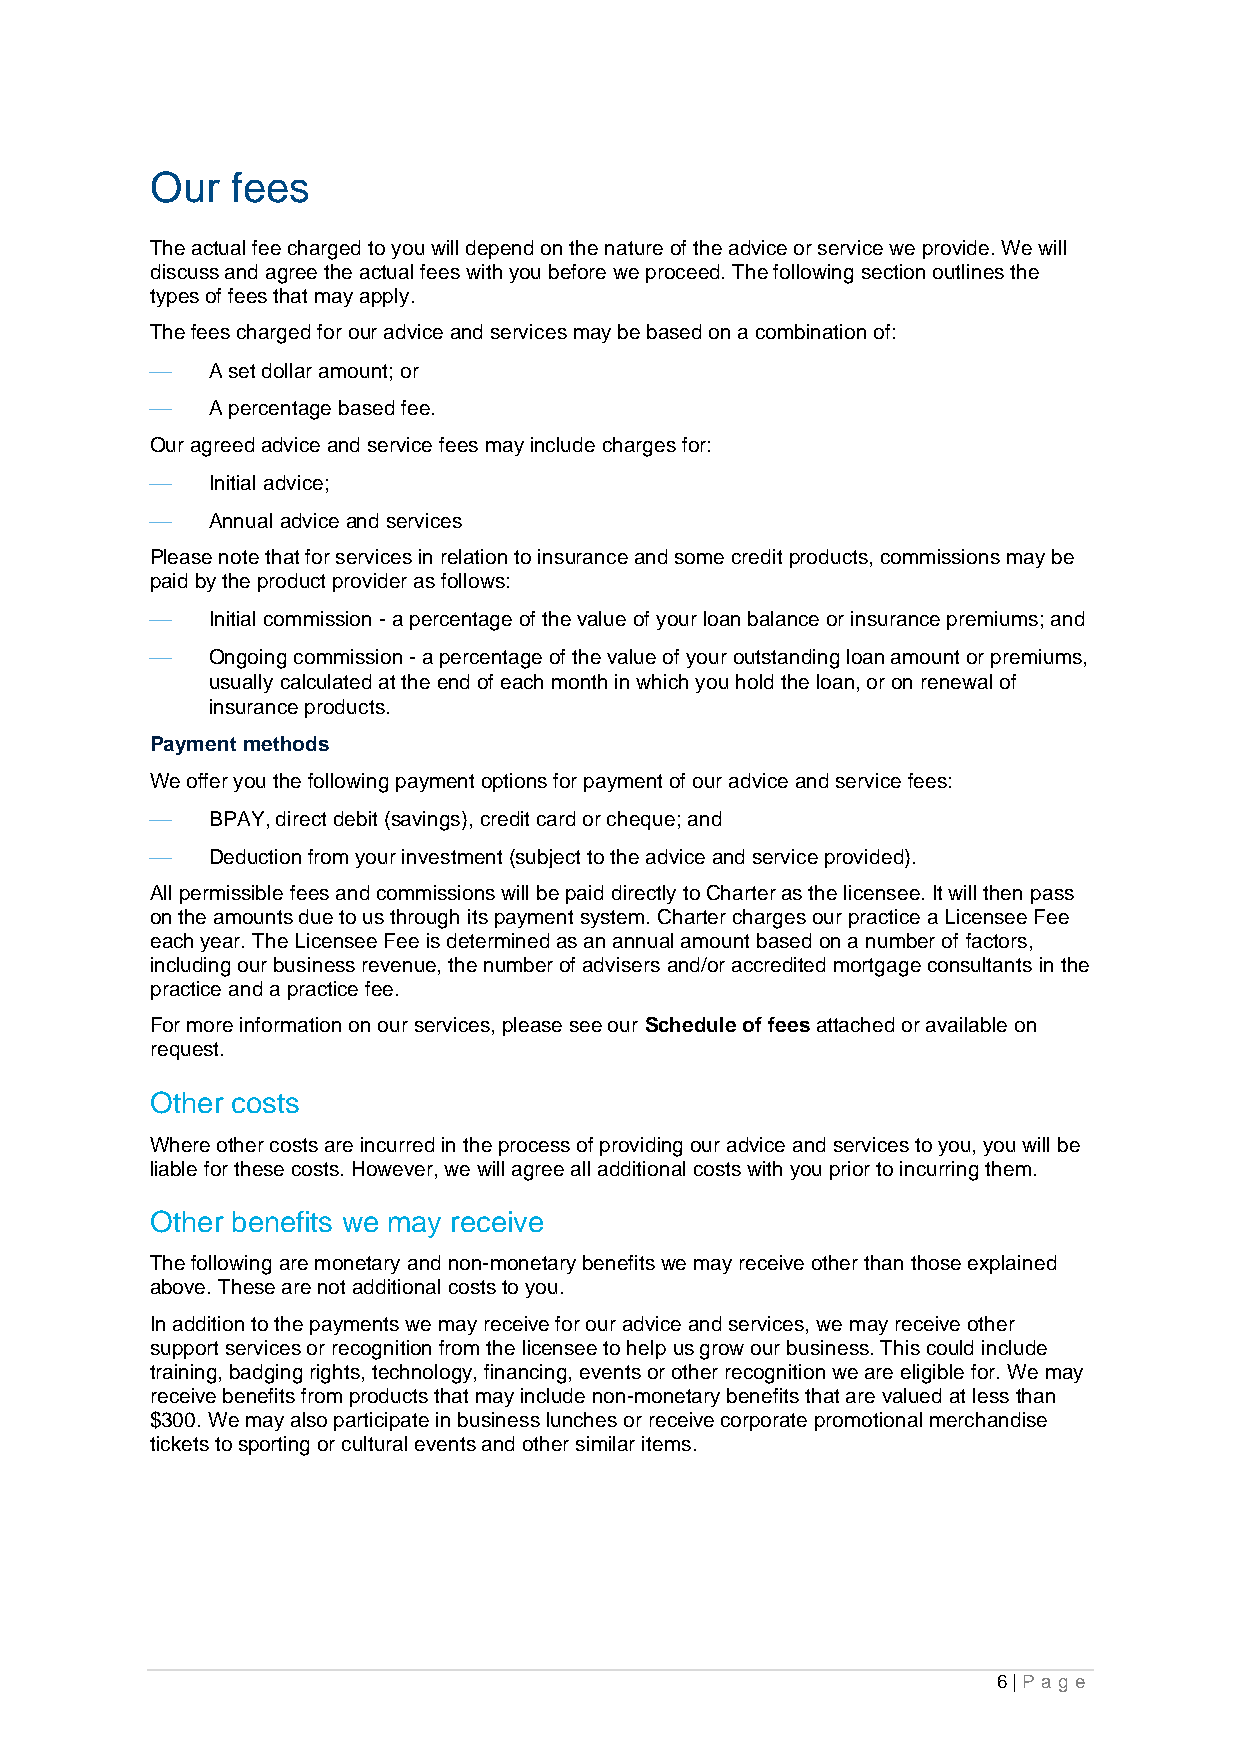
Our  fees
 The actual fee charged to you will depend on the nature of the advice or service we provide. We will
 discuss and agree the actual fees with you before we proceed. The following section outlines the
 types of fees that may apply.
 The fees charged for our advice and services may be based on a combination of:
 ⎯   A set dollar amount; or
 ⎯   A percentage based fee.
 Our agreed advice and service fees may include charges for:
 ⎯   Initial advice;
 ⎯   Annual advice and services
 Please note that for services in relation to insurance and some credit products, commissions may be
 paid by the product provider as follows:
 ⎯   Initial commission - a percentage of the value of your loan balance or insurance premiums; and
 ⎯   Ongoing commission - a percentage of the value of your outstanding loan amount or premiums,
 usually calculated at the end of each month in which you hold the loan, or on renewal of
 insurance products.
 Payment methods
 We offer you the following payment options for payment of our advice and service fees:
 ⎯   BPAY, direct debit (savings), credit card or cheque; and
 ⎯   Deduction from your investment (subject to the advice and service provided).
 All permissible fees and commissions will be paid directly to Charter as the licensee. It will then pass
 on the amounts due to us through its payment system. Charter charges our practice a Licensee Fee
 each year. The Licensee Fee is determined as an annual amount based on a number of factors,
 including our business revenue, the number of advisers and/or accredited mortgage consultants in the
 practice and a practice fee.
 For more information on our services, please see our Schedule of fees attached or available on
 request.
 Other costs
 Where other costs are incurred in the process of providing our advice and services to you, you will be
 liable for these costs. However, we will agree all additional costs with you prior to incurring them.
 Other benefits we may receive
 The following are monetary and non-monetary benefits we may receive other than those explained
 above. These are not additional costs to you.
 In addition to the payments we may receive for our advice and services, we may receive other
 support services or recognition from the licensee to help us grow our business. This could include
 training, badging rights, technology, financing, events or other recognition we are eligible for. We may
 receive benefits from products that may include non-monetary benefits that are valued at less than
 $300. We may also participate in business lunches or receive corporate promotional merchandise
 tickets to sporting or cultural events and other similar items.
 6 | Pa g e